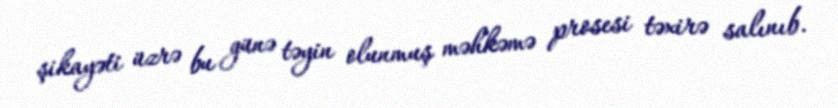
şikayəti üzrə bu günə təyin olunmuş məhkəmə prosesi təxirə salınıb.